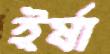
ইর্ষা